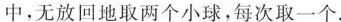
中，无放回地取两个小球，每次取一个。